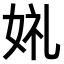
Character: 𫰣